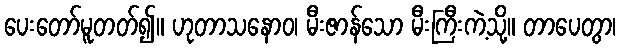
ပေးတော်မူတတ်၍။ ဟုတာသနောဝ၊ မီးဇာန်သော မီးကြီးကဲ့သို့။ တာပေတွာ၊